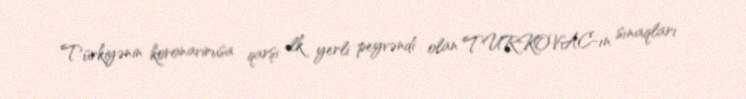
Türkiyənin koronavirusa qarşı ilk yerli peyvəndi olan TURKOVAC-ın sınaqları